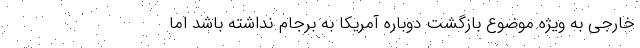
خارجی به ویژه موضوع بازگشت دوباره آمریکا به برجام نداشته باشد اما